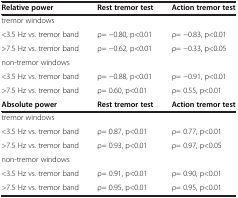
<table><thead><tr><td><b>Relative power</b></td><td><b>Rest tremor test</b></td><td><b>Action tremor test</b></td></tr></thead><tbody><tr><td>tremor windows</td><td> </td><td> </td></tr><tr><td>&lt;3.5 Hz vs. tremor band</td><td>ρ= −0.80, p&lt;0.01</td><td>ρ= −0.83, p&lt;0.01</td></tr><tr><td>&gt;7.5 Hz vs. tremor band</td><td>ρ= −0.62, p&lt;0.01</td><td>ρ= −0.33, p&lt;0.05</td></tr><tr><td>non-tremor windows</td><td> </td><td> </td></tr><tr><td>&lt;3.5 Hz vs. tremor band</td><td>ρ= −0.88, p&lt;0.01</td><td>ρ= −0.91, p&lt;0.01</td></tr><tr><td>&gt;7.5 Hz vs. tremor band</td><td>ρ= 0.60, p&lt;0.01</td><td>ρ= 0.55, p&lt;0.01</td></tr><tr><td><b>Absolute power</b></td><td><b>Rest tremor test</b></td><td><b>Action tremor test</b></td></tr><tr><td>tremor windows</td><td> </td><td> </td></tr><tr><td>&lt;3.5 Hz vs. tremor band</td><td>ρ= 0.87, p&lt;0.01</td><td>ρ= 0.77, p&lt;0.01</td></tr><tr><td>&gt;7.5 Hz vs. tremor band</td><td>ρ= 0.93, p&lt;0.01</td><td>ρ= 0.97, p&lt;0.05</td></tr><tr><td>non-tremor windows</td><td> </td><td> </td></tr><tr><td>&lt;3.5 Hz vs. tremor band</td><td>ρ= 0.91, p&lt;0.01</td><td>ρ= 0.90, p&lt;0.01</td></tr><tr><td>&gt;7.5 Hz vs. tremor band</td><td>ρ= 0.95, p&lt;0.01</td><td>ρ= 0.95, p&lt;0.01</td></tr></tbody></table>